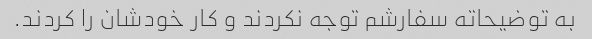
به توضیحاته سفارشم توجه نکردند و کار خودشان را کردند.